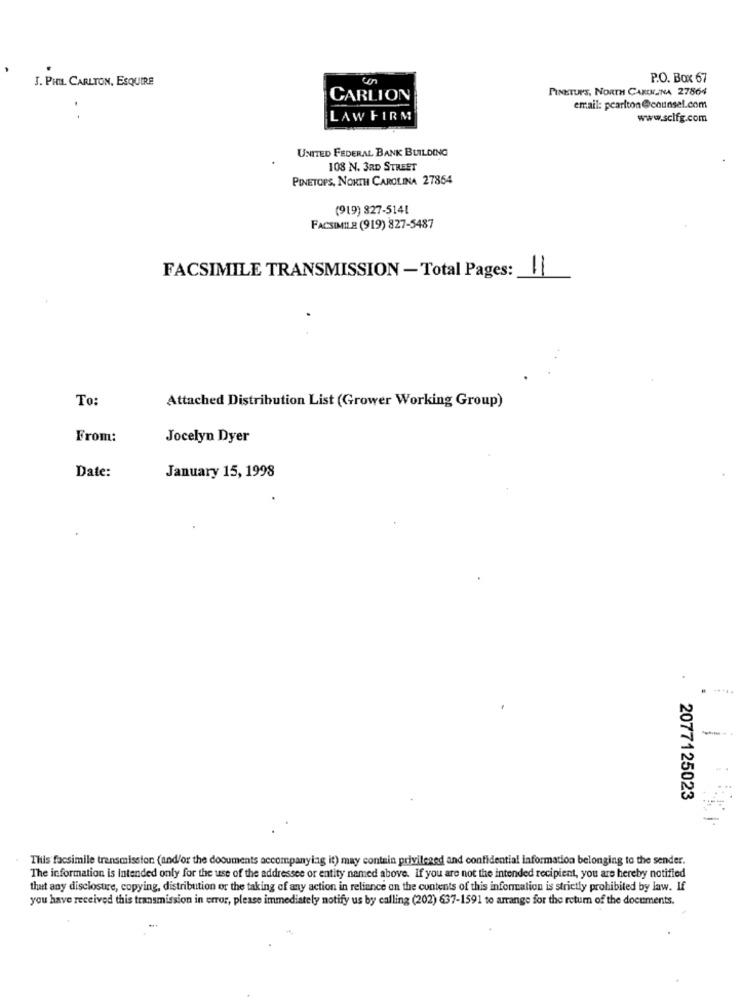
J. PHIL CARLTON, ESQUIRE
Con
P.O. Box 67
PINETUPS, NORTH CAROLINA 27864
CARLION
email: pcarlton@counsel.com
LAW FIRM
www.sclfg.com
UNITED FEDERAL BANK BUILDING
108 N. 3RD STREET
PINETOPS, NORTH CAROLINA 27864
(919) 827-5141
FACSIMILE (919) 827-5487
11
FACSIMILE TRANSMISSION - Total Pages:
To:
Attached Distribution List (Grower Working Group)
From:
Jocelyn Dyer
Date:
January 15, 1998
2077125023
This facsimile transmission (and/or the documents accompanying it) may contain privileged and confidential information belonging to the sender.
The information is Intended only for the use of the addressee or entity named above. If you are not the intended recipient, you are hereby notified
that any disclosure, copying, distribution or the taking of any action in reliance on the contents of this information is strictly prohibited by law. If
you have received this transmission in error, please immediately notify us by calling (202) 637-1591 to arrange for the return of the documents.